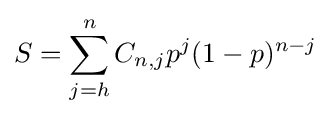
S=\sum _{j=h}^{n}C_{n,j}p^{j}(1-p)^{n-j}